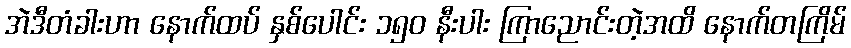
အဲဒီတံခါးဟာ နောက်ထပ် နှစ်ပေါင်း ၁၅၀ နီးပါး ကြာညောင်းတဲ့အထိ နောက်တကြိမ်